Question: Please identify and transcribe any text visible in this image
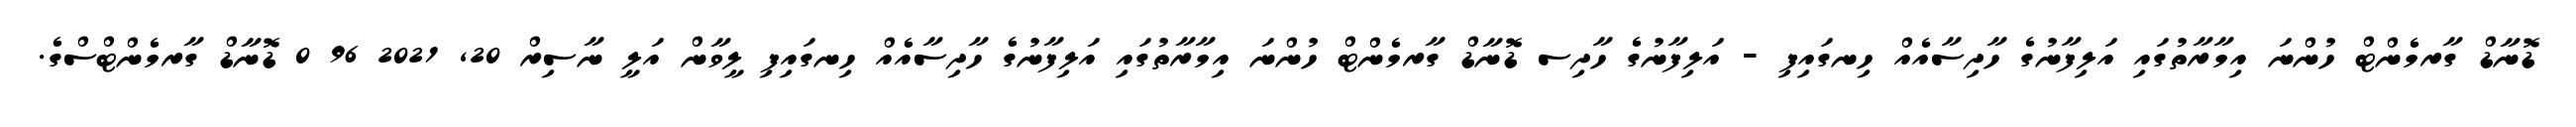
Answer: ޑޮނާޑް ގާރމެންޓް ހުންނަ އިމާރާތުގައި އަލިފާނުގެ ހާދިސާއެއް ހިނގައިފި - އަލިފާނުގެ ހާދިސ ޑޮނާޑް ގާރމެންޓް ހުންނަ އިމާރާތުގައި އަލިފާނުގެ ހާދިސާއެއް ހިނގައިފި ލީވާން އަލީ ނާސިރް 20, 2021 96 0 ޑޮނާޑް ގާރމެންޓްސްގެ.